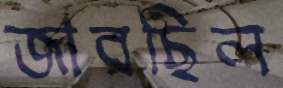
জারছিল